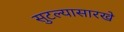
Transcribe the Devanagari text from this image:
सुटल्यासारखे